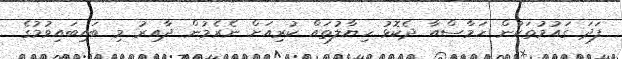
ފަދަ ގައުމުތަކުން ހަމާސްއާ ދެކޮޅު ހިޔާލުތައް ކުރިއަށް ނެރެމުން ދާއިރު މި ބައިބައިވުމުގެ